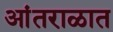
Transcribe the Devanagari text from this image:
आंतराळात